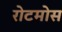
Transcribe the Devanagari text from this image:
रोटमोस